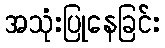
အသုံးပြုနေခြင်း